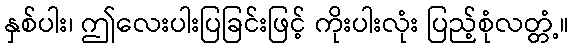
နှစ်ပါး၊ ဤလေးပါးပြခြင်းဖြင့် ကိုးပါးလုံး ပြည့်စုံလတ္တံ့။